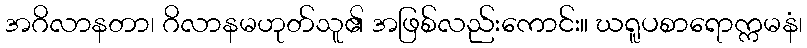
အဂိလာနတာ၊ ဂိလာနမဟုတ်သူ၏ အဖြစ်လည်းကောင်း။ ဃရူပစာရောက္ကမနံ၊